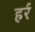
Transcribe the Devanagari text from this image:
हर्र